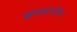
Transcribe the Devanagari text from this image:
इणटरनेट